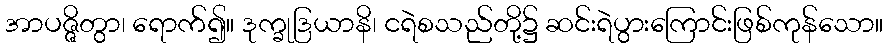
အာပဇ္ဇိတွာ၊ ရောက်၍။ ဒုက္ခုဒြယာနိ၊ ငရဲစသည်တို့၌ ဆင်းရဲပွားကြောင်းဖြစ်ကုန်သော။